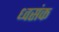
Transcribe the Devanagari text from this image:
ध्वसंक